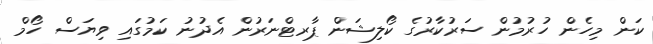
ކަން މިހެން ހުރުމުން ސަރުކާރުގެ ކޯލިޝަން ޕާރޓްނަރުން އެދުނު ކަމުގައި ވިޔަސް ހޯމް